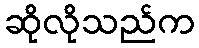
ဆိုလိုသည်က